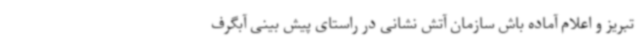
تبریز و اعلام آماده باش سازمان آتش نشانی در راستای پیش بینی آبگرف